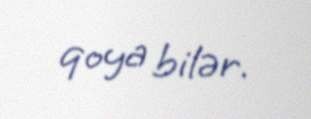
qoya bilər.